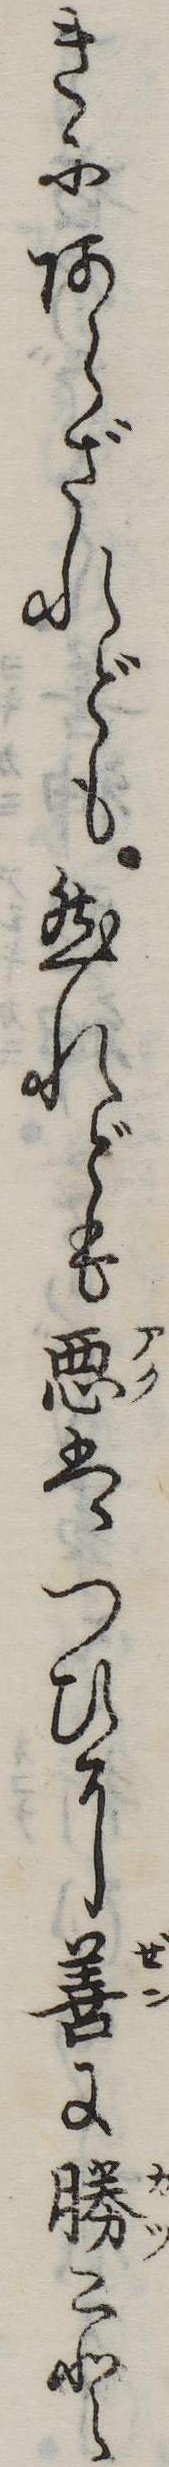
きにあらざれども然れども悪はつひに善に勝こと